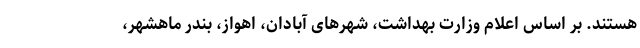
هستند. بر اساس اعلام وزارت بهداشت، شهرهای آبادان، اهواز، بندر ماهشهر،